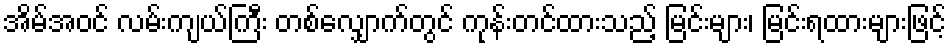
အိမ်အဝင် လမ်းကျယ်ကြီး တစ်လျှောက်တွင် ကုန်းတင်ထားသည့် မြင်းများ၊ မြင်းရထားများဖြင့်